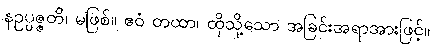
နဥပ္ပဇ္ဇတိ၊ မဖြစ်။ ဧဝံ တထာ၊ ထိုသို့သော အခြင်းအရာအားဖြင့်။